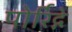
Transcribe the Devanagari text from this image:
पोर्रिद्गे